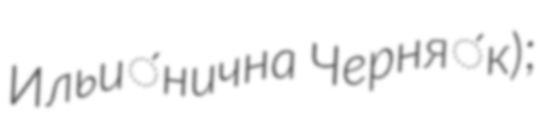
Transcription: Ильи́нична Черня́к);